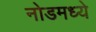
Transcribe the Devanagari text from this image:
नोडमध्ये